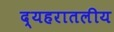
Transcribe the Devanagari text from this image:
द्यहरातलीय